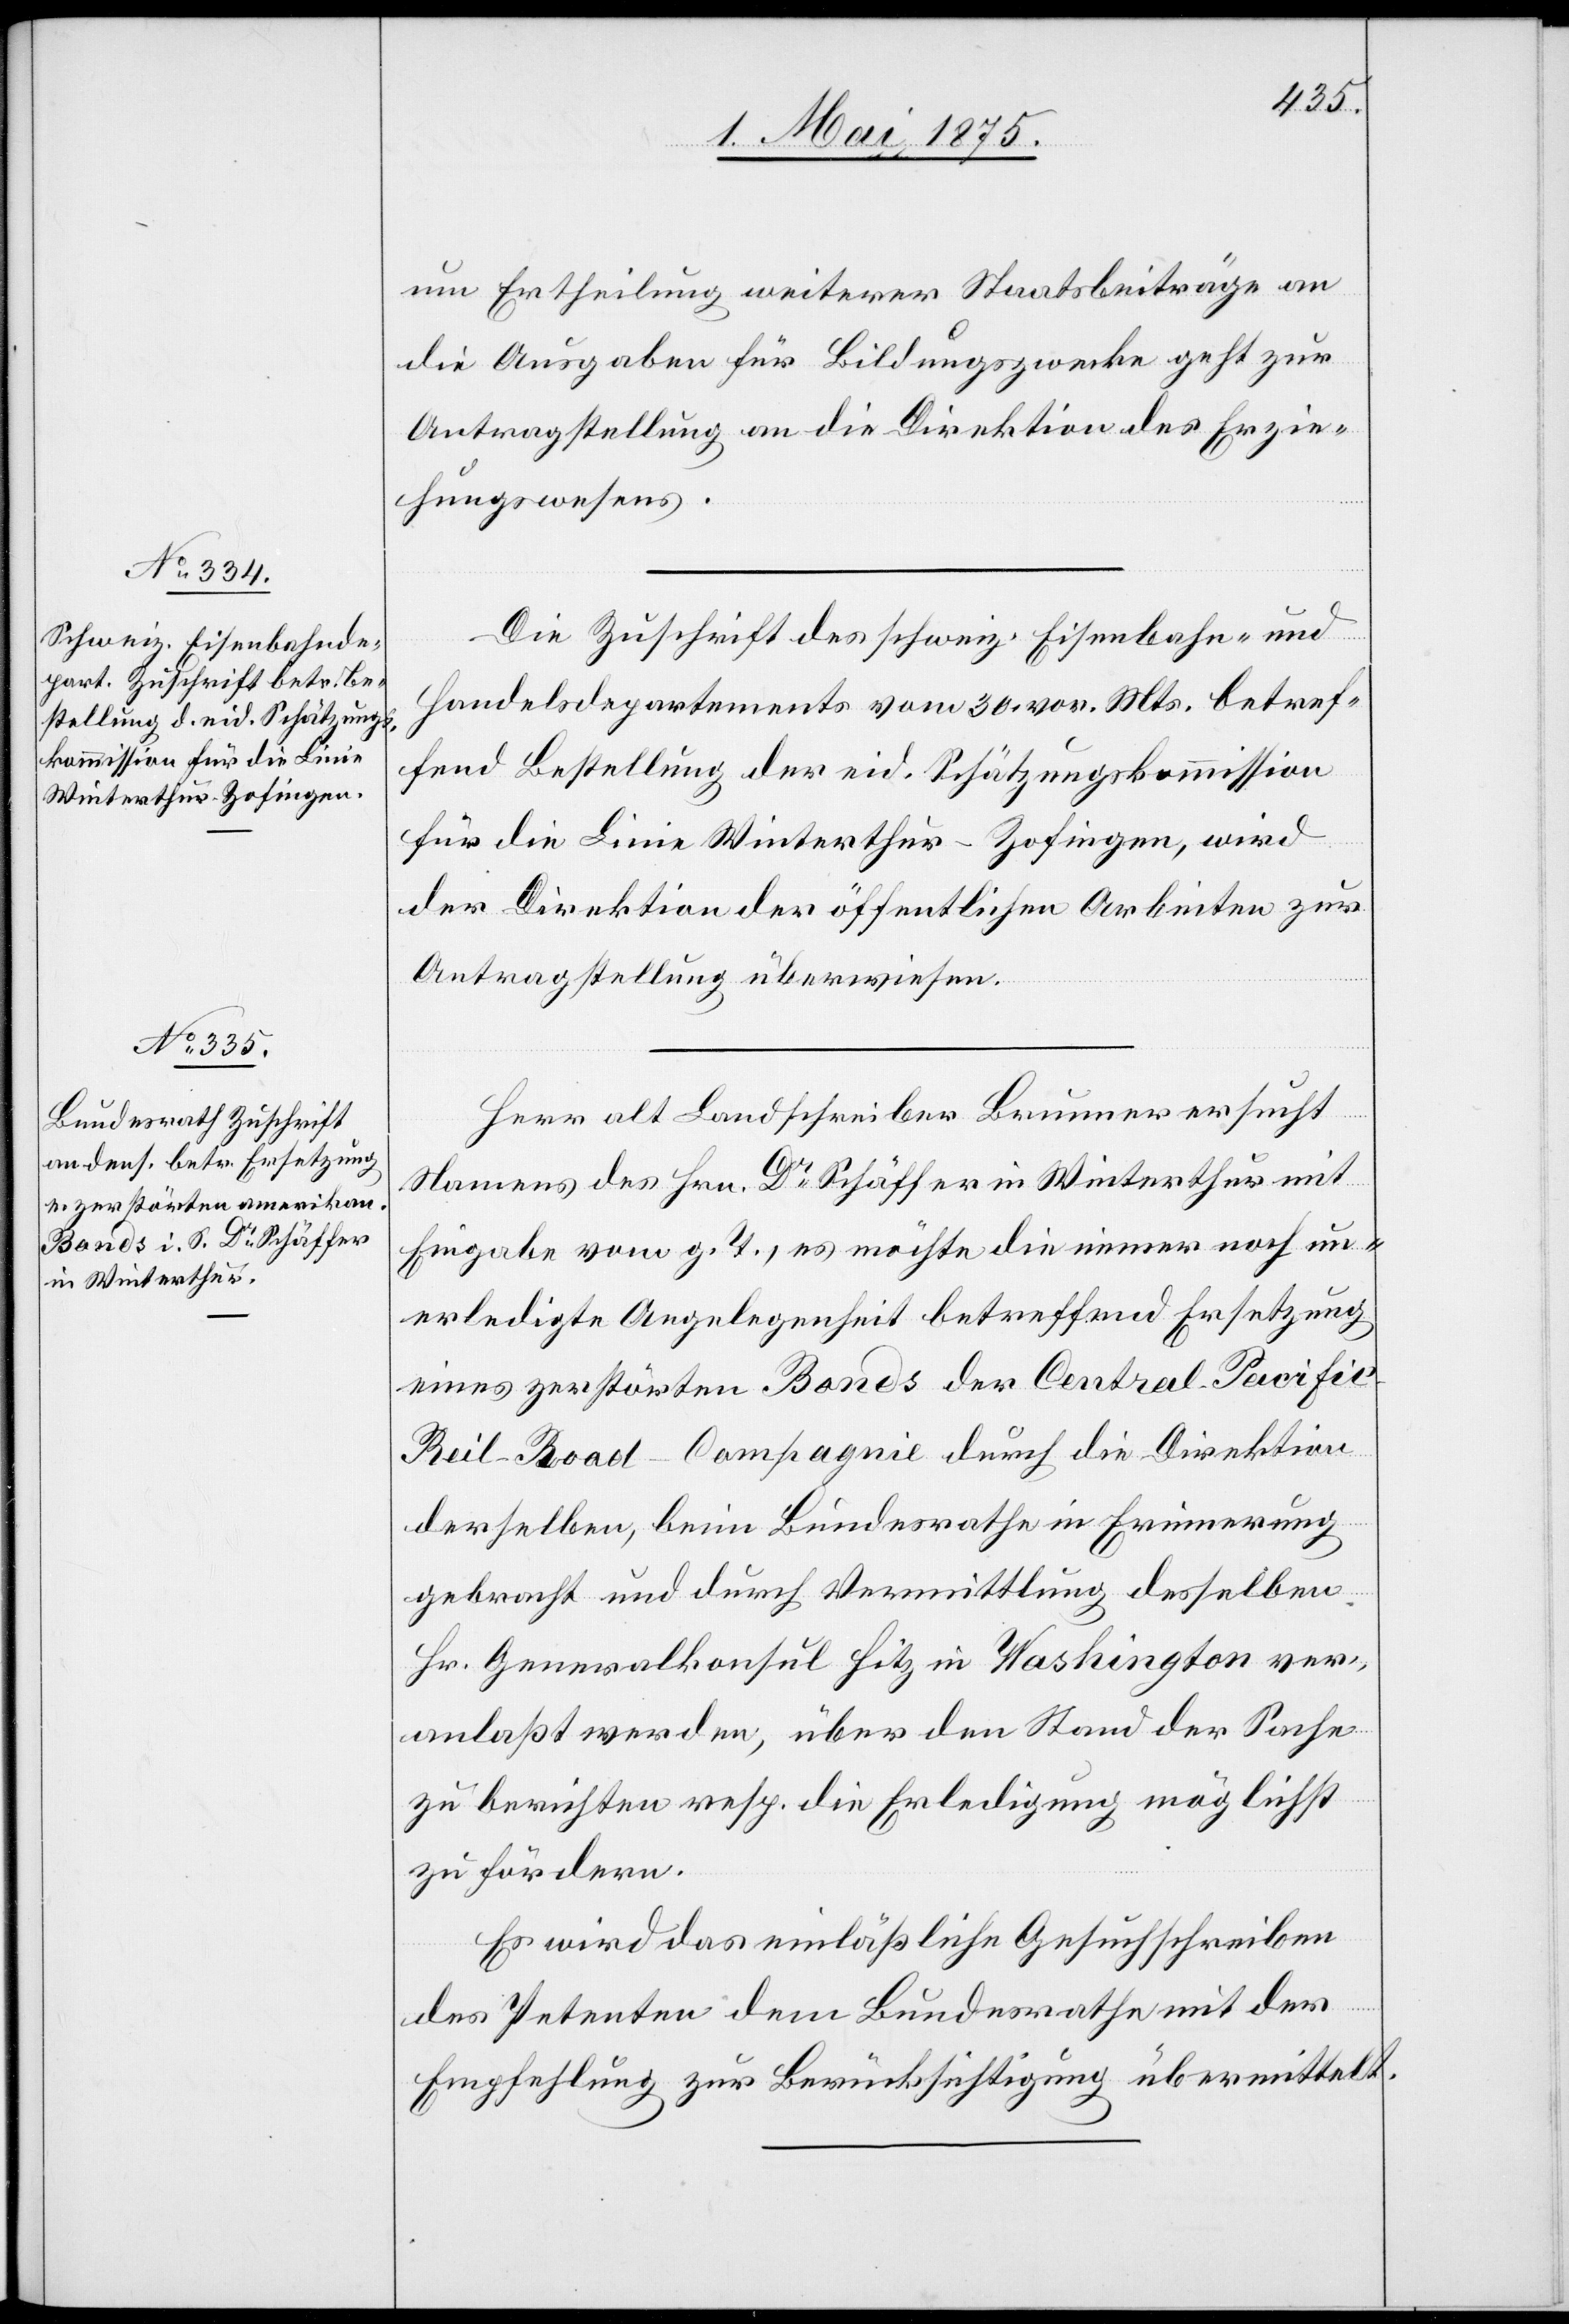
1. Mai 1875.]
um Ertheilung weiterer Staatsbeiträge an
die Ausgaben für Bildungszwecke geht zur
Antragstellung an die Direktion des Erzie¬
hungswesens.
Die Zuschrift des schweiz. Eisenbahn- und
Handelsdepartements vom 30. vor. Mts. betref¬
fend Bestellung der eid. Schätzungskommission
für die Linie Winterthur–Zofingen, wird
der Direktion der öffentlichen Arbeiten zur
Antragstellung überwiesen.
Herr alt Landschreiber Brunner ersucht
Namens des Hrn. Dr Schäffer in Winterthur mit
Eingabe vom g. T., es möchte die immer noch un¬
erledigte Angelegenheit betreffend Ersetzung
eines zerstörten Bonds der Central-Pacifi¬
c-Reil-Road-Compagnie [sic!] durch die Direktion
derselben, beim Bundesrathe in Erinnerung
gebracht und durch Vermittlung desselben
Hr. Generalkonsul Hitz in Washington ver¬
anlaßt werden, über den Stand der Sache
zu berichten resp. die Erledigung möglichst
zu fördern.
Es wird das einläßliche Gesuchschreiben
des Petenten dem Bundesrathe mit der
Empfehlung zur Berücksichtigung übermittelt.